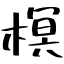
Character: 榠